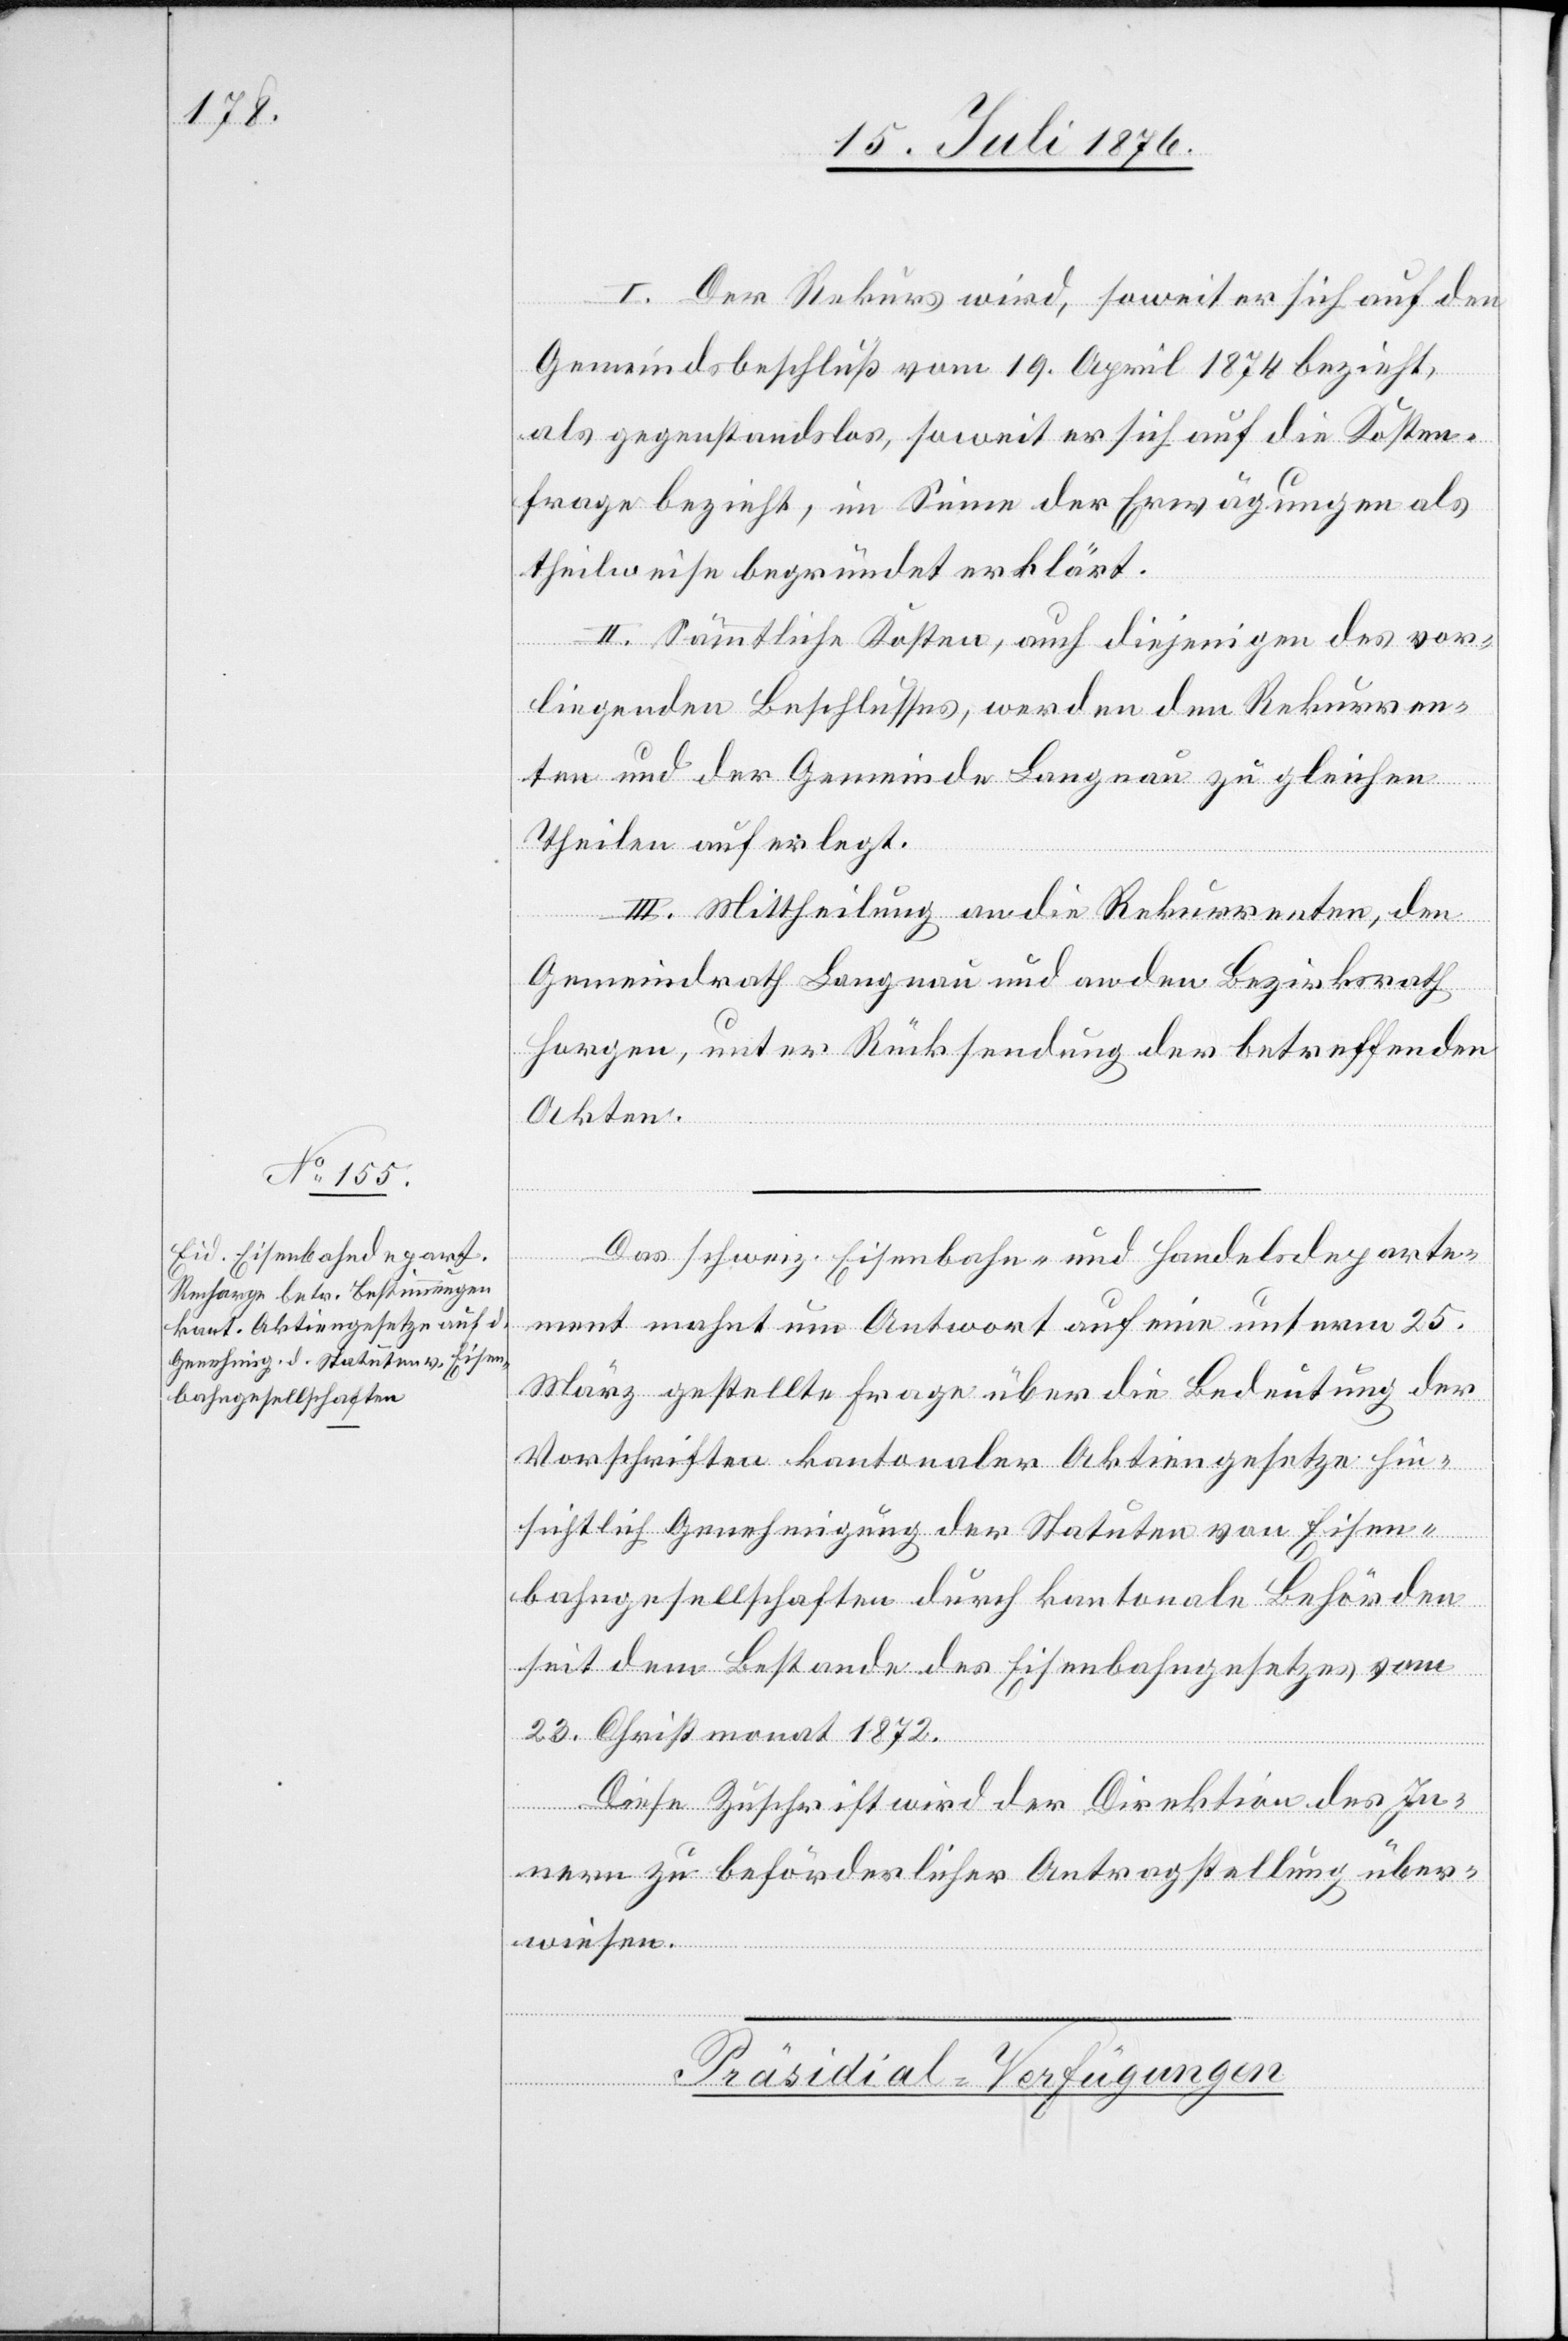
I. Der Rekurs wird, soweit er sich auf den
Gemeindsbeschluß vom 19. April 1874 bezieht,
als gegenstandslos, soweit er sich auf die Kosten¬
frage bezieht, im Sinne der Erwägungen als
theilweise begründet erklärt.
II. Sämmtliche Kosten, auch diejenigen des vor¬
liegenden Beschlusses, werden den Rekurren¬
ten und der Gemeinde Langnau zu gleichen
Theilen auferlegt.
III. Mittheilung an die Rekurrenten, den
Gemeindrath Langnau und an den Bezirksrath
Horgen, unter Rücksendung der betreffenden
Akten.
Das schweiz. Eisenbahn- und Handelsdeparte¬
ment mahnt um Antwort auf eine unterm 25.
März gestellte Frage über die Bedeutung der
Vorschriften kantonaler Aktiengesetze hin¬
sichtlich Genehmigung der Statuten von Eisen¬
bahngesellschaften durch kantonale Behörden
seit dem Bestande des Eisenbahngesetzes vom
23. Christmonat 1872.
Diese Zuschrift wird der Direktion des In¬
nern zur beförderlichen Antragstellung über¬
wiesen.
Präsidial-Verfügungen